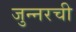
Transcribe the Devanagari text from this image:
जुन्नरची